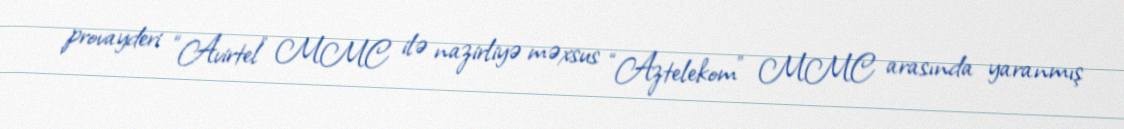
provayderi “Avirtel” MMC ilə nazirliyə məxsus “Aztelekom” MMC arasında yaranmış